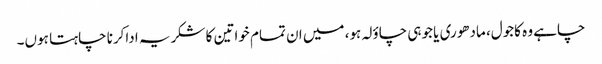
چاہے وہ کاجول، مادھوری یا جوہی چاؤلہ ہو، میں ان تمام خواتین کا شکریہ اداکرنا چاہتا ہوں۔